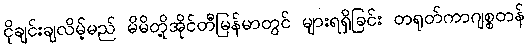
ငိုချင်းချလိမ့်မည် မိမိတို့အိုင်တီမြန်မာတွင် များရရှိခြင်း တရုတ်ကာဂျစ္စတန်